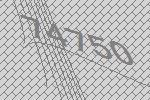
74750